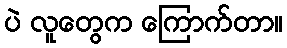
ပဲ လူတွေက ကြောက်တာ။